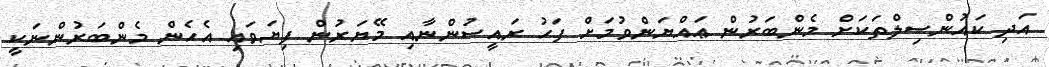
އަދި ކައުންސިލްތަކަށް މެންބަރުން ޢައްޔަންވުމަށް ފަހު ރައީސުންނާއި މޭޔަރުން ފިޔަވައި އެހެން މެންބަރުންނަކީ